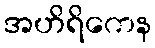
အဟိရိကေန